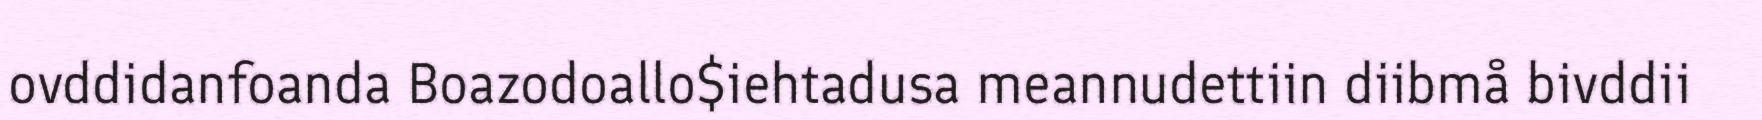
ovddidanfoanda Boazodoallo$iehtadusa meannudettiin diibmå bivddii